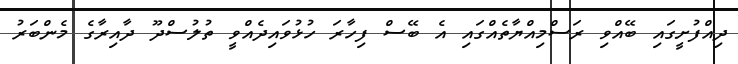
ދިއްފުށީގައި ބޭއްވި ރަސްމިއްޔާތެއްގައި އެ ބޭސް ފިހާރަ ހުޅުވައިދެއްވީ ތުލުސްދޫ ދާއިރާގެ މެންބަރު